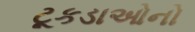
ટૂકડાઓનો